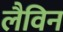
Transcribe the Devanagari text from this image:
लैविन